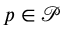
p \in \mathcal { P }